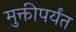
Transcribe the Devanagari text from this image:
मुक्तीपर्यंत